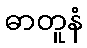
ဓာတူနံ